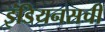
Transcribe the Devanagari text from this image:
इंडियनसची